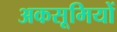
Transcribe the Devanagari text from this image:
अकसूमियों